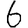
Digit: 6